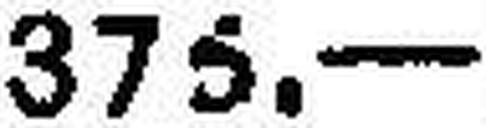
375.—